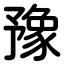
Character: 豫